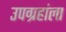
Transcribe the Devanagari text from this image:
उपग्रहांला